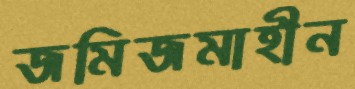
জমিজমাহীন